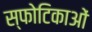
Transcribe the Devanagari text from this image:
स्फोटिकाओं